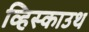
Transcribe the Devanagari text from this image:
व्हिस्काउथ